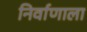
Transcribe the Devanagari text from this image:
निर्वाणाला